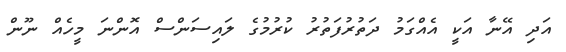
އަދި އޭނާ އަކީ އެއްގަމު ދަތުރުފަތުރު ކުރުމުގެ ލައިސަންސް އޮންނަ މީހެއް ނޫން